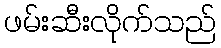
ဖမ်းဆီးလိုက်သည်